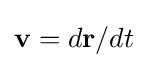
\mathbf {v} =d\mathbf {r} /dt